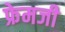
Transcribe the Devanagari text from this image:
फ्रेमजी